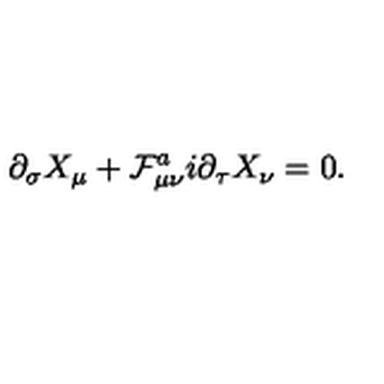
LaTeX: \partial _ { \sigma } X _ { \mu } + \mathcal { F } _ { \mu \nu } ^ { a } i \partial _ { \tau } X _ { \nu } = 0 .